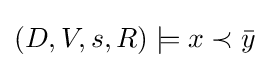
(D,V,s,R)\models x\prec {\bar {y}}